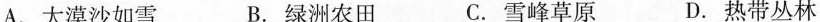
A. 大漠沙如雪 B. 绿洲农田 C. 雪峰草原 D. 热带丛林